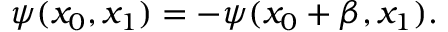
\psi ( x _ { 0 } , x _ { 1 } ) = - \psi ( x _ { 0 } + \beta , x _ { 1 } ) .